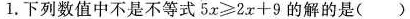
1.下列数值中不是不等式$$5 x ≥ 2 x + 9$$的解的是( )